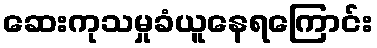
ဆေးကုသမှုခံယူနေရကြောင်း